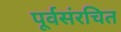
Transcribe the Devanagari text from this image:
पूर्वसंरचित